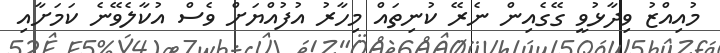
މުއިއްޒު ވިދާޅުވީ ގޭގެއިން ނެރޭ ކުނިތައް މިހާރު އުފުއްޔަށް ވެސް އުކާލެވޭނެ ކަމަށާއި